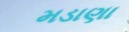
મડાણા